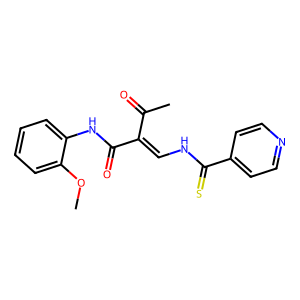
SMILES: COc1ccccc1NC(=O)C(=CNC(=S)c1ccncc1)C(C)=O
Inhibits HIV replication: No